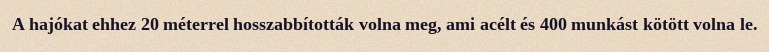
A hajókat ehhez 20 méterrel hosszabbították volna meg, ami acélt és 400 munkást kötött volna le.